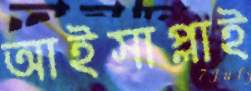
আইসাপ্লাই